Civil Veterinary Department Bihar reports 1940-50 - 1940-1950
Year: 1940
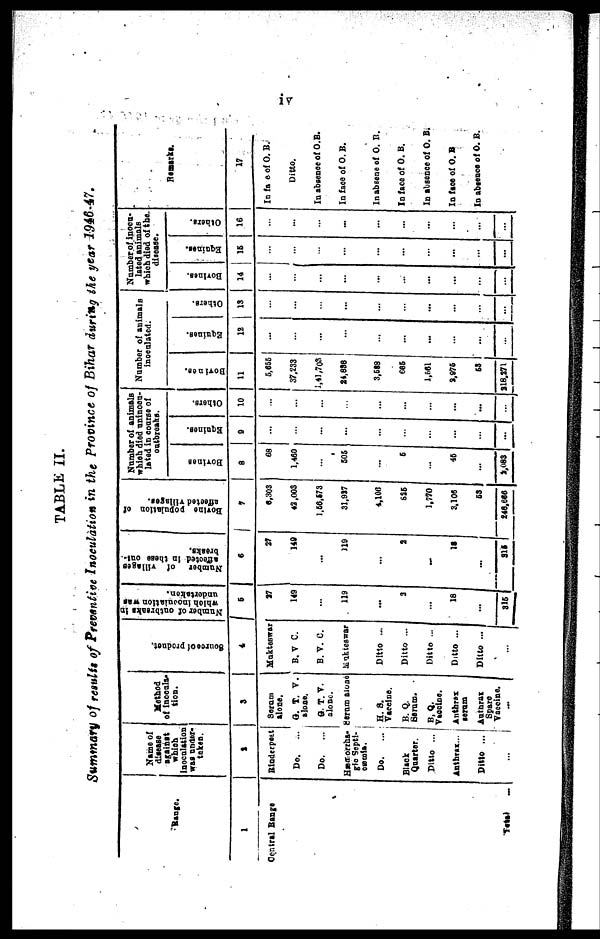
iv
TABLE II.
Summary of results of Preventive Inoculation in the Province of Bihar during the year 1946-47.
Range.
1
Central Bangs
Total
...
Name of
disease
against
which
Inoculation
was under-
taken.
2
Rinderpest
Do.
...
Do.
...
HæMorrha-
gic Septi-
cæmia.
Do. ...
Black
Quarter.
Ditto ...
Anthrax ...
Ditto ...
...
Method
of Inocula-
tion.
3
Serum
alone.
G. T. V.
alone.
G. T. V.
alone.
Serum alone
H. S.
Vaccine.
B. Q.
Serum.
B.Q.
Vaccine.
Anthrax
serum
Anthrax
Spare
Vaccine
...
Source of product.
4
Mukteswar
B. V C.
B. V. C.
Mukteswar
Ditto ...
Ditto ...
Ditto ...
Ditto ...
Ditto ...
L
...
Number of outbreaks In
which
inoculation was
undertakan.
5
27
149
...
119
...
2
...
18
...
315
Number of Villages
affected
in these out-
breaks.
6
27
149
...
119
...
2
...
12
...
315
Bovine
population of
affected villages.
7
6,303
42,003
1,56,573
31,917
4,106
825
1,770
3,106
63
246,666
Number of animals
which died uninocu-
latad in course of
outbreaks.
Bovines
8
68
1,460
...
505
...
5
...
46
...
2,083
Equines.
0
...
...
...
...
...
...
...
...
...
...
Others.
10
...
...
...
...
...
...
...
...
...
...
Number of animals
inoculated.
Bovines.
11
5,655
37,233
1,41,703
24,838
3,588
665
1,661
2,975
53
318,271
Equines.
12
...
...
...
...
...
...
...
...
...
...
Others.
13
...
...
...
...
...
...
...
...
...
...
Number of inocu-
lated animals
which died of the.
disease.
Bovines.
14
...
...
...
...
...
...
...
...
...
...
Equines.
15
...
...
...
...
...
...
...
...
...
...
Others.
16
...
...
...
...
..
...
...
...
...
...
Remarks.
17
In fa e of O. B.
Ditto.
In absence of O.B.
In face of O. B.
In absene of O. B.
In face of O. B,
In absence of O. B.
In face of O. B
In absence of O. B.